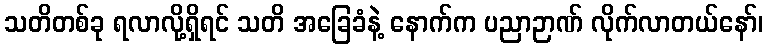
သတိတစ်ခု ရလာလို့ရှိရင် သတိ အခြေခံနဲ့ နောက်က ပညာဉာဏ် လိုက်လာတယ်နော်၊